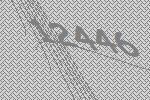
12446